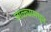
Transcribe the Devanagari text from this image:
जाळ्यामधून